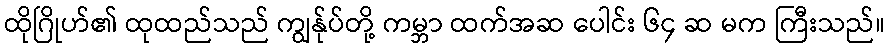
ထိုဂြိုဟ်၏ ထုထည်သည် ကျွန်ုပ်တို့ ကမ္ဘာ ထက်အဆ ပေါင်း ၆၄ ဆ မက ကြီးသည်။